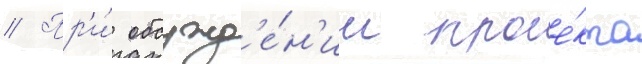
// Пр'и́ обсужд'е́н'ии прое́кта